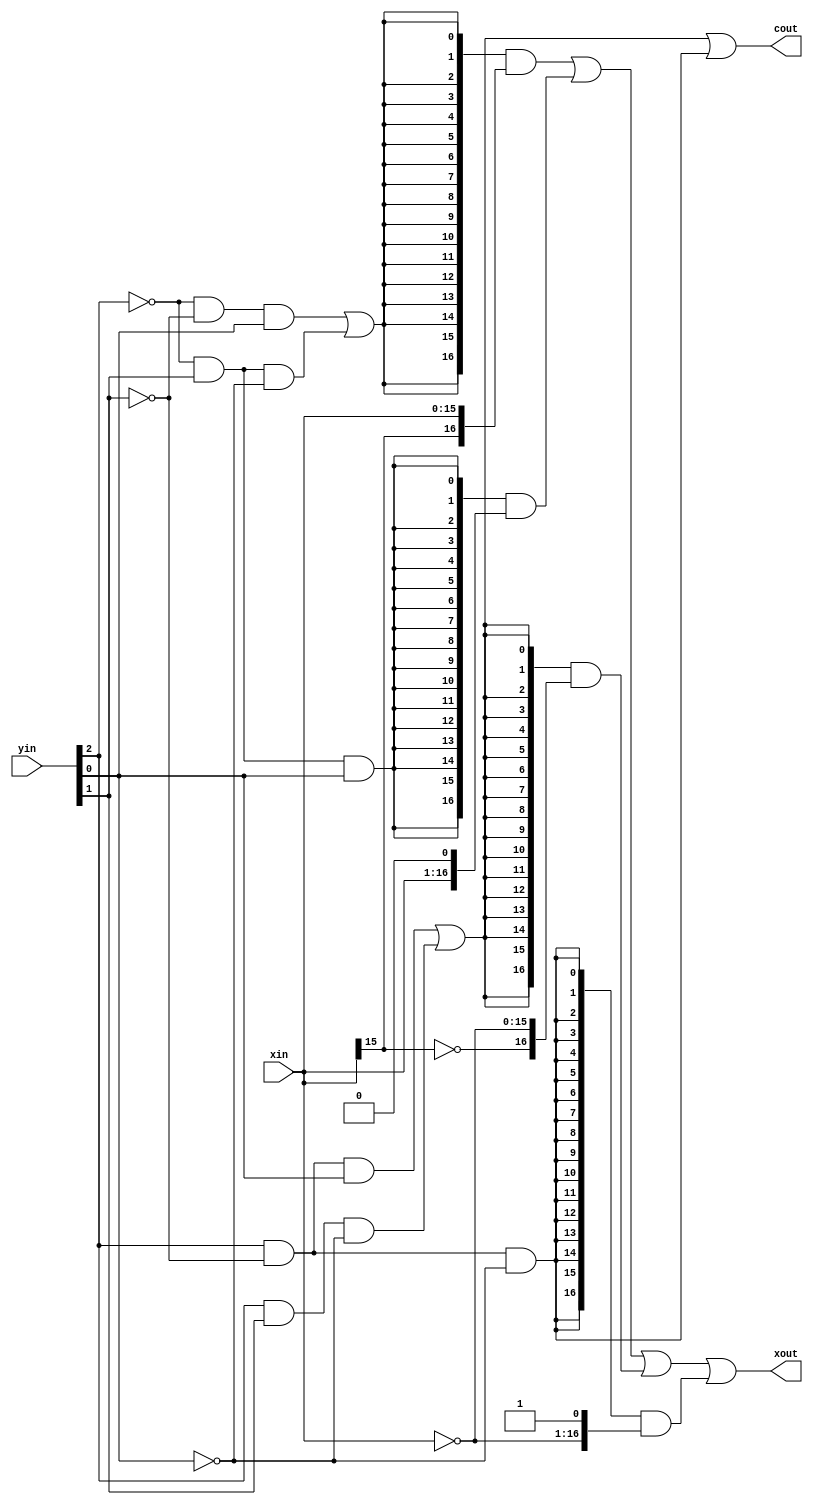
module booth_decoder (
    input  wire [15:0] xin ,//x
    input  wire [2: 0] yin ,//y3bit
    output wire        cout,//
    output wire [16:0] xout //booth1
);
    // wire x_none = (~yin[2]&~yin[1]&~yin[0])|(yin[2]&yin[1]&yin[0]);
    wire x_add1 = (~yin[2]&~yin[1]&yin[0])|(~yin[2]&yin[1]&~yin[0]);
    wire x_add2 = (~yin[2]&yin[1]&yin[0]);
    wire x_sub2 = (yin[2]&~yin[1]&~yin[0]);
    wire x_sub1 = (yin[2]&~yin[1]&yin[0])|(yin[2]&yin[1]&~yin[0]);

    assign xout = {17{x_add1}} & {xin[15],xin}//0
                | {17{x_add2}} & {xin[15:0],1'b0}
                | {17{x_sub1}} & {~xin[15],~xin} 
                | {17{x_sub2}} & ({~xin[15:0],1'b1}) 
                ;
    assign cout = x_sub1|x_sub2;
endmodule